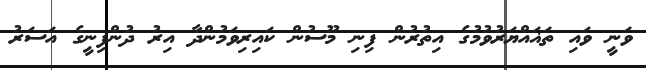
ވަނީ ވައި ތަޣައްޔަރުވުމުގެ އިތުރުން ފިނި މޫސުން ކައިރިވަމުންދާ އިރު ދުންފިނީގެ އަސަރު